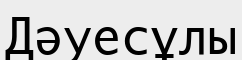
Дәуесұлы